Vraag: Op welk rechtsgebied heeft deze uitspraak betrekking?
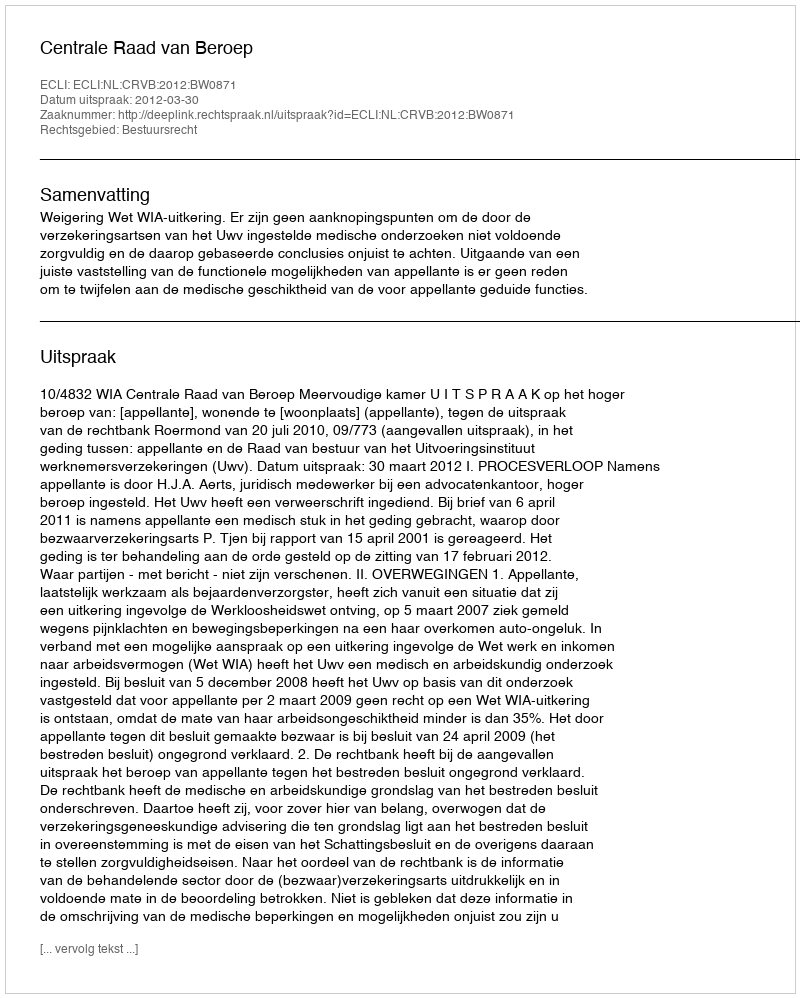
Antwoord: Bestuursrecht